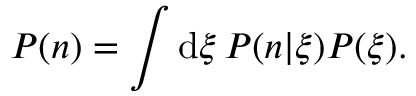
P ( n ) = \int \mathrm { d } \xi \, P ( n | \xi ) P ( \xi ) .